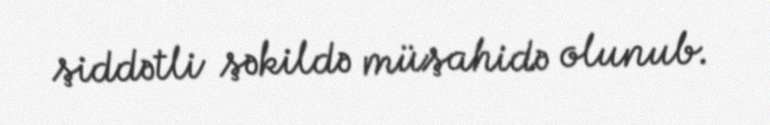
şiddətli şəkildə müşahidə olunub.